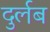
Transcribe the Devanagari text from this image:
दुर्लब